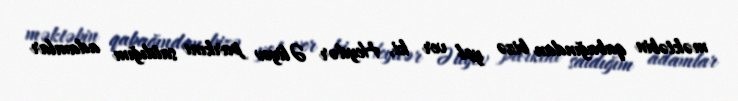
məktəbin qabağından bizə yol ver ki, Heydər Əliyev parkını satdığım adamlar